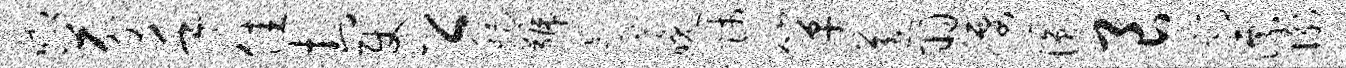
唧芬手佳封使公稽号氲晚师箪送羽腰圆良蹲漂衡